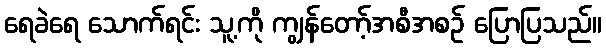
ရေခဲရေ သောက်ရင်း သူ့ကို ကျွန်တော့်အစီအစဉ် ပြောပြသည်။